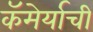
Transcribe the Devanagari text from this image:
कॅमेर्याची